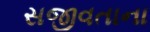
સજીવતાના